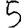
Digit: 5